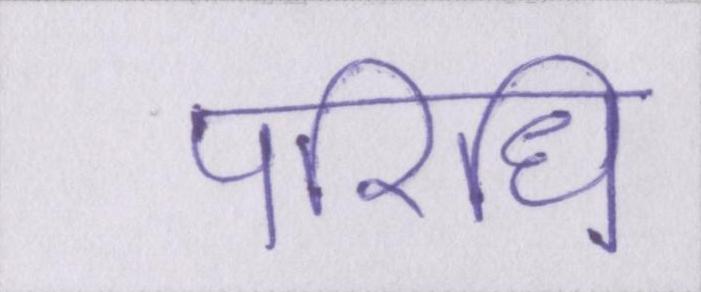
परिधि